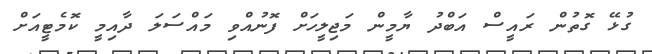
ގުޅޭ ގޮތުން ރައީސް އަބްދު ޔާމީން މަޖިލީހަށް ފޮނުއްވި މައްސަލަ ދާއިމީ ކޮމެޓީއަށް